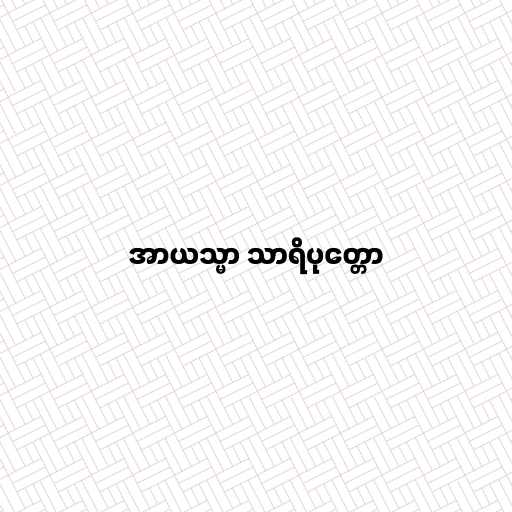
အာယသ္မာ သာရိပုတ္တော